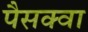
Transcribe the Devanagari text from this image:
पैसक्वा